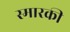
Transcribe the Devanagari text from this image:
स्मारकी